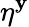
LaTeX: \eta^{\mathbf{y}}